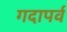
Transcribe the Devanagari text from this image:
गदापर्व